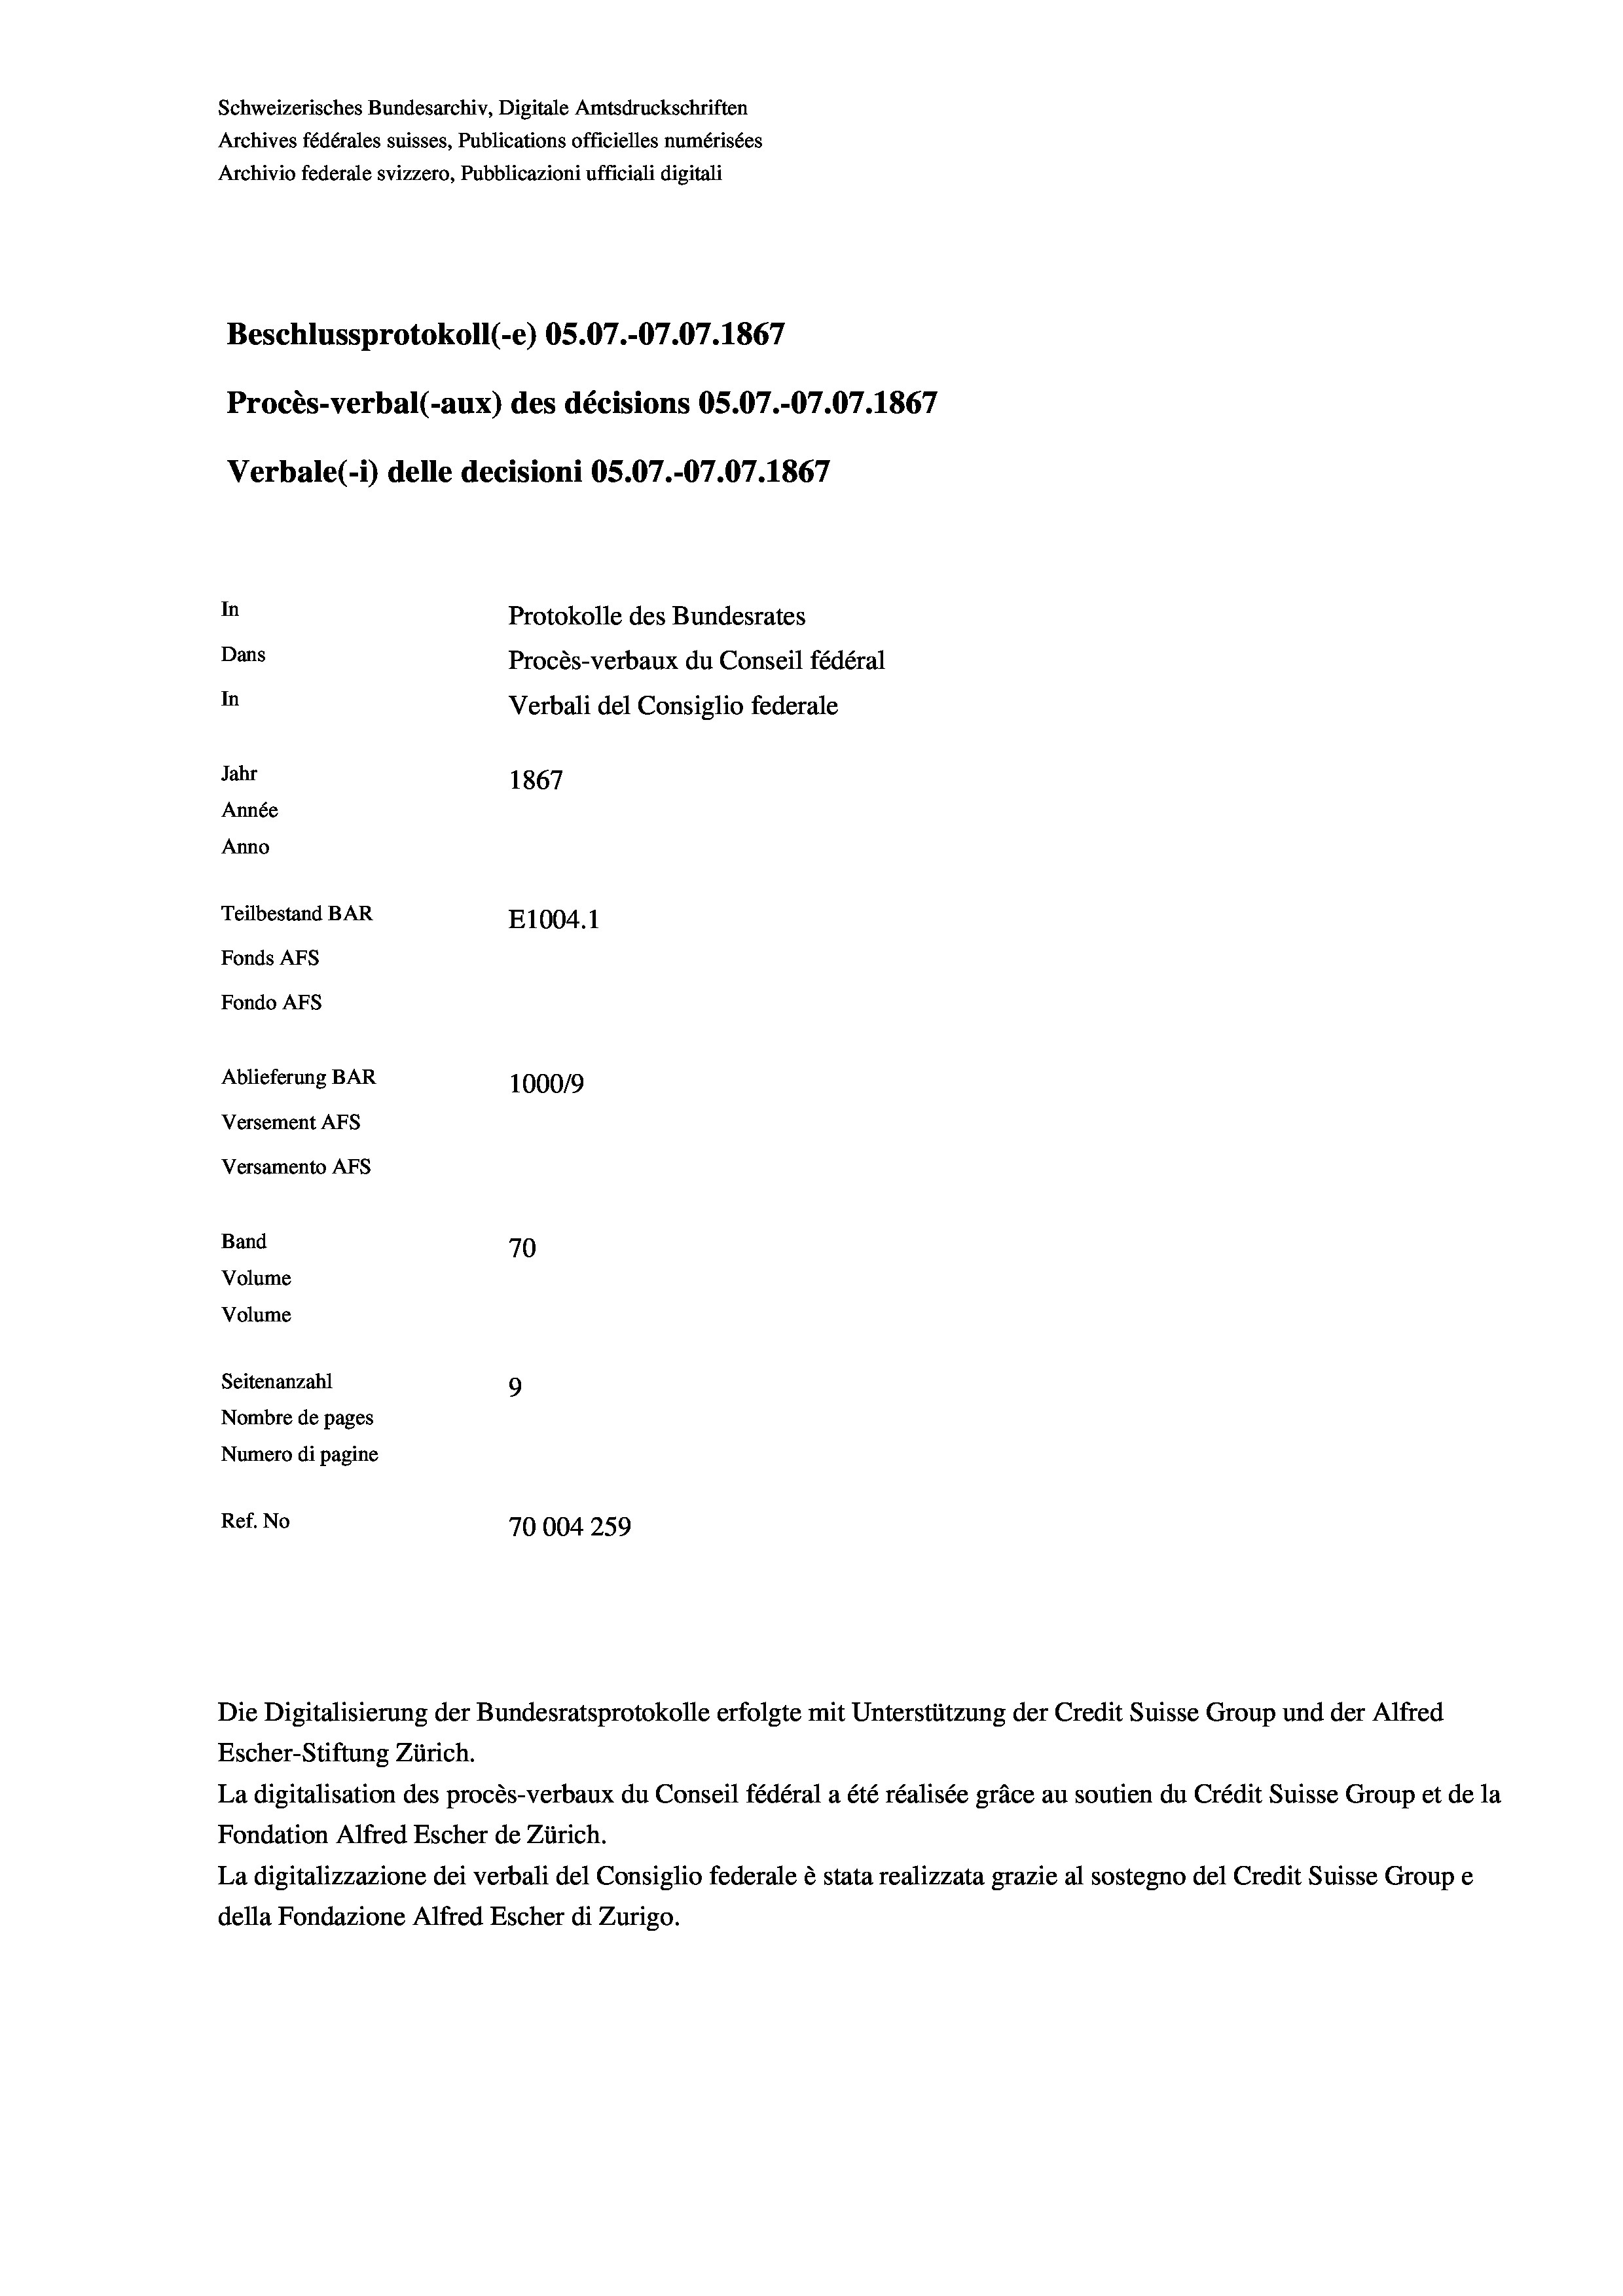
Schweizerisches Bundesarchiv, Digitale Amtsdruckschriften
Archives fédérales suisses, Publications officielles numérisées
Archivio federale svizzero, Pubblicazioni ufficiali digitali
Beschlussprotokoll (-e) OS.07.-07.07. 1867
Procès-verbal (-aux) des décisions OS.07.-07.07. 1867
Verbale (1) delle decisioni OS.07.-07.07. 1867
In
Protokolle des Bundesrates
Dans
Procès-verbaux du Conseil fédéral
In
Verbali del Consiglio federale
Jahr
1867
Année
Anno
Teilbestand BAR
E1004.1
Fonds AFs
Fondo AFs
Ablieferung BAR
100019
Versement AFs
Versamento AFs
Band
70
Volume
Volume
9
Seitenanzahl
Nombre de pages
Numero di pagine
Ref. No
70004259

Escher-Stiftung Zürich.
La digitalisation des procès-verbaux du Conseil fédéral a été réalisée gräce au soutien du Crédit Suisse Group et de la
Fondation Alfred Escher de Zürich.
La digitalizzazione dei verbali del Consiglio federale è stata realizzata grazie al sostegno del Credit Suisse Groupe
della Fondazione Alfred Escher di Zurigo.

Die Digitalisierung der Bundesratsprotokolle erfolgte mit Unterstützung der Credit Suisse Group und der Alfred